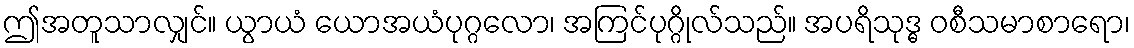
ဤအတူသာလျှင်။ ယွာယံ ယောအယံပုဂ္ဂလော၊ အကြင်ပုဂ္ဂိုလ်သည်။ အပရိသုဒ္ဓ ဝစီသမာစာရော၊